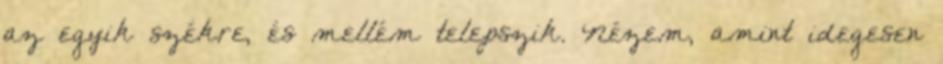
az egyik székre, és mellém telepszik. Nézem, amint idegesen